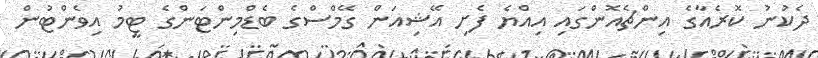
ދެކުނު ކޮރެއާގެ އިންޗެއޮންގައި އިއްޔެ ފެށި އޭޝިއަން ގޭމްސްގެ ބެޑްމިންޓަންގެ ޓީމު އިވެންޓުން